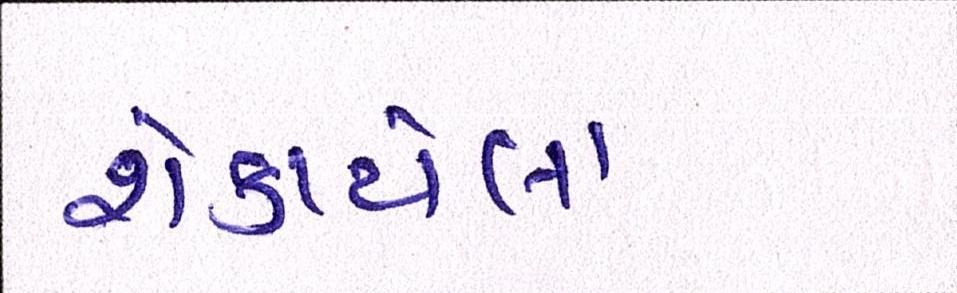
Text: શેકાયેલા